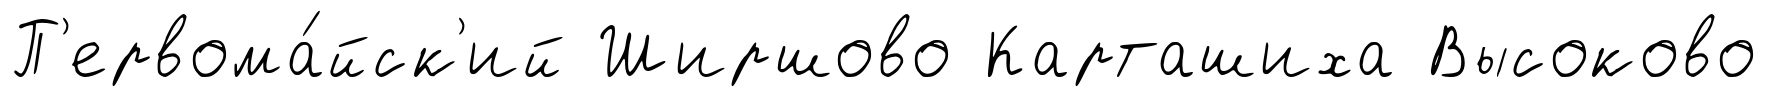
П'ервома́йск'ий Ширшово Карташиха Высоково